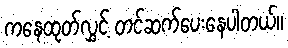
ကနေထုတ်လွှင့် တင်ဆက်ပေးနေပါတယ်။